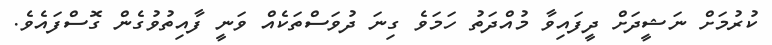
ކުރުމަށް ނަޝީދަށް ދީފައިވާ މުއްދަތު ހަމަވެ ގިނަ ދުވަސްތަކެއް ވަނީ ފާއިތުވުގެެން ގޮސްފައެވެ.